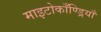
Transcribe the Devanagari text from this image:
माइटोकाँण्ड्रियाँ